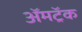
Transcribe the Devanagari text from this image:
ॲमट्रॅक